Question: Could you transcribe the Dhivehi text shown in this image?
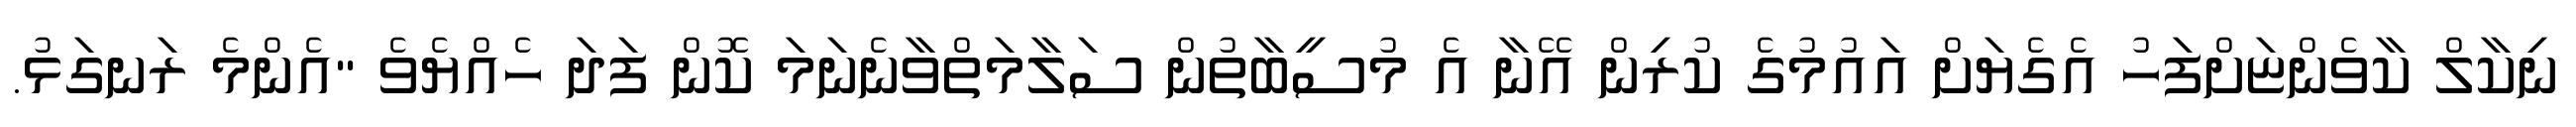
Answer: ނިކާލް ކާވެންޏަށްފަހު އެގެޔަށް އައުމުގެ ކުރިން އޭނާ އެ މުސީބާތުން ސަލާމަތްވާނެނަމަ ކޮން ފަދަ ހެއްޔެވެ "އެންމެ ރަނގަޅު.